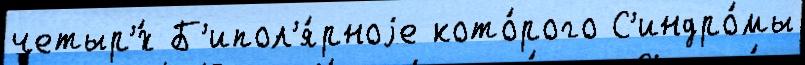
четыр'́х Б'ипол'я́рноjе кото́рого С'индро́мы